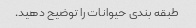
طبقه بندی حیوانات را توضیح دهید.